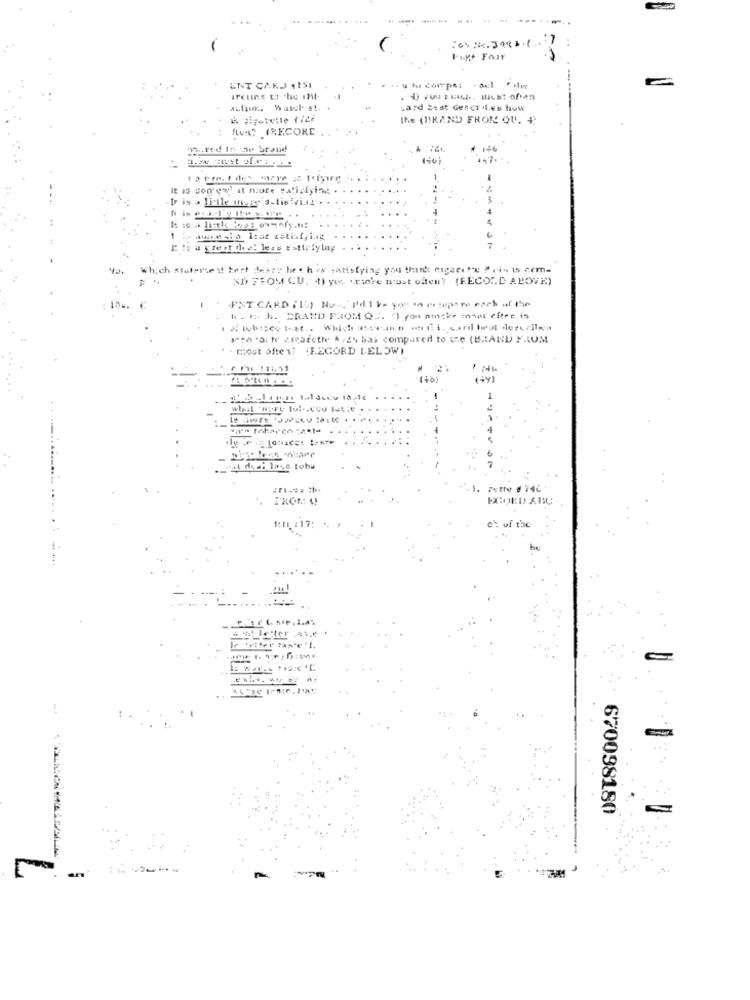
To% Nr. 3492.1 7
Fiye Four
ENT CARD 115,
u fu compe: - adl '
Lard Best descr.les how
ık ;iferette file
the (BIRAND FROM OU. +
ILVA IRECORE
17.
It is sogrew' it more satisfying
3
4
E: to a great die: less Estirfylny
hich staterse it bert Beach
satisfying you think cigeeste Pri- is cem=
ND FROM CU. 4) y broke most often? (RECO".D ABOVE)
h . B. h. PRAND FROM QE. ") you nicke moi eftre in
1to "Si fe ciearethe A /24 has compared to se (B.tAND F.COM
. - most site 11 (RECORD LELOWI
(+)
..
wat dedi lase tobu
1. Fette d 74℃
T'XOL: 4!
ECORDY ABC
1:1:17:
c' of the
670098180